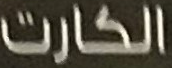
الكارت